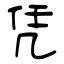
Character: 凭